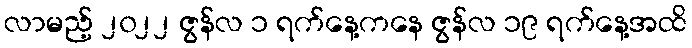
လာမည့် ၂၀၂၂ ဇွန်လ ၁ ရက်နေ့ကနေ ဇွန်လ ၁၉ ရက်နေ့အထိ